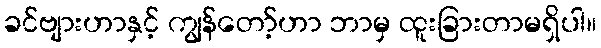
ခင်ဗျားဟာနှင့် ကျွန်တော့်ဟာ ဘာမှ ထူးခြားတာမရှိပါ။